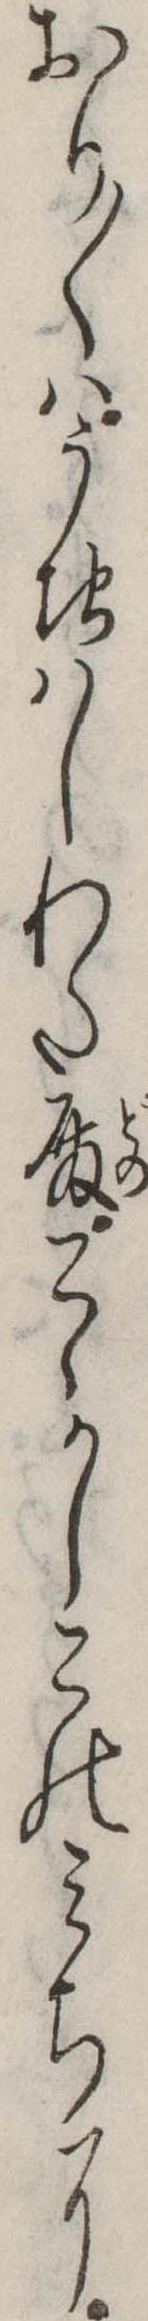
おり〱はうちはしわた殿こゝかしこのみちに